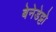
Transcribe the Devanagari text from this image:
बेनेडेट्टो